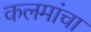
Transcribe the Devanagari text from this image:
कलमांचा